Regulations for the medical services of the Army of India
Year: 1930
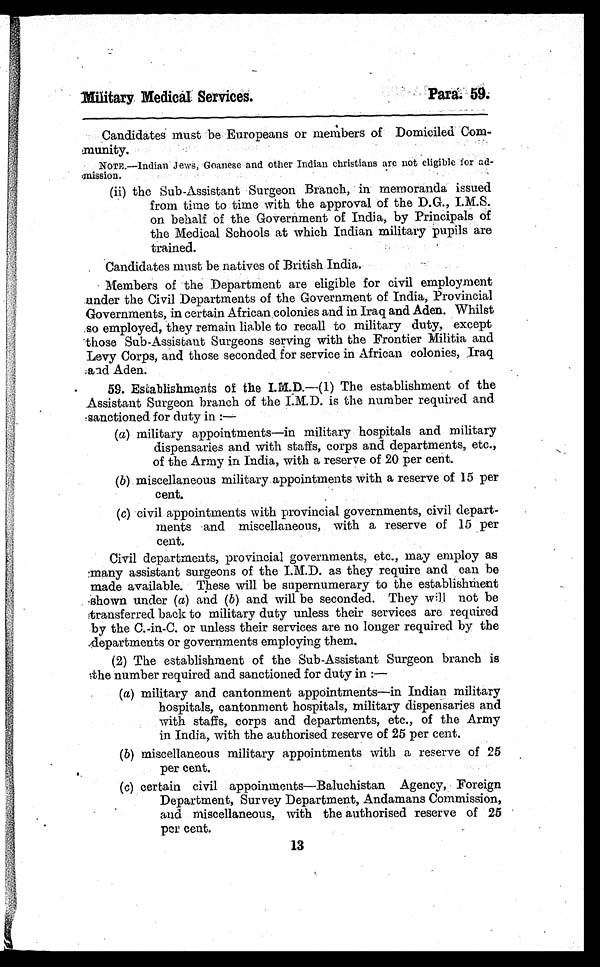
Military Medical Services.
Candidates must be Europeans or members of Domiciled Com-
munity.
NOTE.—Indian Jews, Goanese and other Indian christians are not eligible for ad-
mission.
(ii) the Sub-Assistant Surgeon Branch, in memoranda issued
from time to time with the approval of the D.G., I.M.S.
on behalf of the Government of India, by Principals of
the Medical Schools at which Indian military pupils are
trained.
Candidates must be natives of British India.
Members of the Department are eligible for civil employment
under the Civil Departments of the Government of India, Provincial
Governments, in certain African colonies and in Iraq and Aden. Whilst
so employed, they remain liable to recall to military duty, except
those Sub-Assistant Surgeons serving with the Frontier Militia and
Levy Corps, and those seconded for service in African colonies, Iraq
and Aden.
59. Establishments of the I.M.D.—(1) The establishment of the
Assistant Surgeon branch of the I.M.D. is the number required and
sanctioned for duty in :—
(a) military appointments—in military hospitals and military
dispensaries and with staffs, corps and departments, etc.,
of the Army in India, with a reserve of 20 per cent.
(b) miscellaneous military appointments with a reserve of 15 per
cent.
(c) civil appointments with provincial governments, civil depart-
ments and miscellaneous, with a reserve of 15 per
cent.
Civil departments, provincial governments, etc., may employ as
many assistant surgeons of the I.M.D. as they require and can be
made available. These will be supernumerary to the establishment
shown under (a) and (b) and will be seconded. They will not be
transferred back to military duty unless their services are required
by the C.-in-C. or unless their services are no longer required by the
departments or governments employing them.
(2) The establishment of the Sub-Assistant Surgeon branch is
the number required and sanctioned for duty in :
—
(a) military and cantonment appointments—in Indian military
hospitals, cantonment hospitals, military dispensaries and
with staffs, corps and departments, etc., of the Army
in India, with the authorised reserve of 25 per cent.
(b) miscellaneous military appointments with a reserve of 25
per cent.
(c) certain civil appoinments—Baluchistan Agency, Foreign
Department, Survey Department, Andamans Commission,
and miscellaneous, with the authorised reserve of 25
per cent.
13